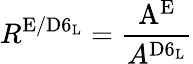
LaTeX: R^{\mathrm{E/D6_{L}}}=\frac{\mathrm{A^{E}}}{A^{\mathrm{D6_{L}}}}